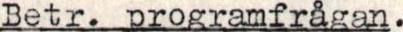
Betr. programfrågan.